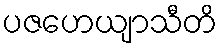
ပဇဟေယျာသီတိ